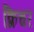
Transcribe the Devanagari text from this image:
क्रिचर